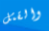
والقتل